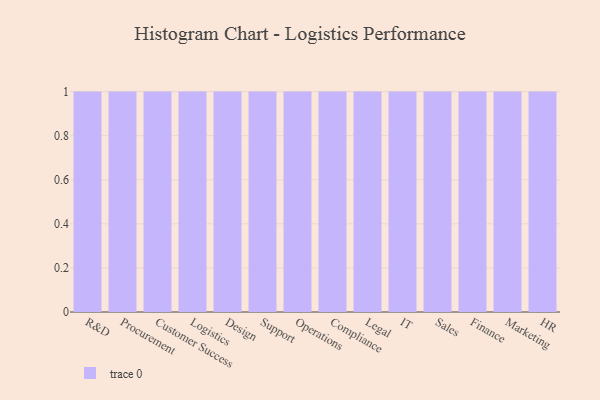
{"axis": {"x": "Department", "y": "Churn Rate (%)"}, "legend": [""], "data": [{"x": "R&D", "y": 25, "type": ""}, {"x": "Procurement", "y": 26, "type": ""}, {"x": "Customer Success", "y": 6, "type": ""}, {"x": "Logistics", "y": 72, "type": ""}, {"x": "Design", "y": 65, "type": ""}, {"x": "Support", "y": 78, "type": ""}, {"x": "Operations", "y": 84, "type": ""}, {"x": "Compliance", "y": 11, "type": ""}, {"x": "Legal", "y": 55, "type": ""}, {"x": "IT", "y": 22, "type": ""}, {"x": "Sales", "y": 40, "type": ""}, {"x": "Finance", "y": 43, "type": ""}, {"x": "Marketing", "y": 85, "type": ""}, {"x": "HR", "y": 57, "type": ""}]}